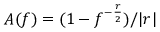
A ( f ) = ( 1 - f ^ { - \frac { r } { 2 } } ) / | r |